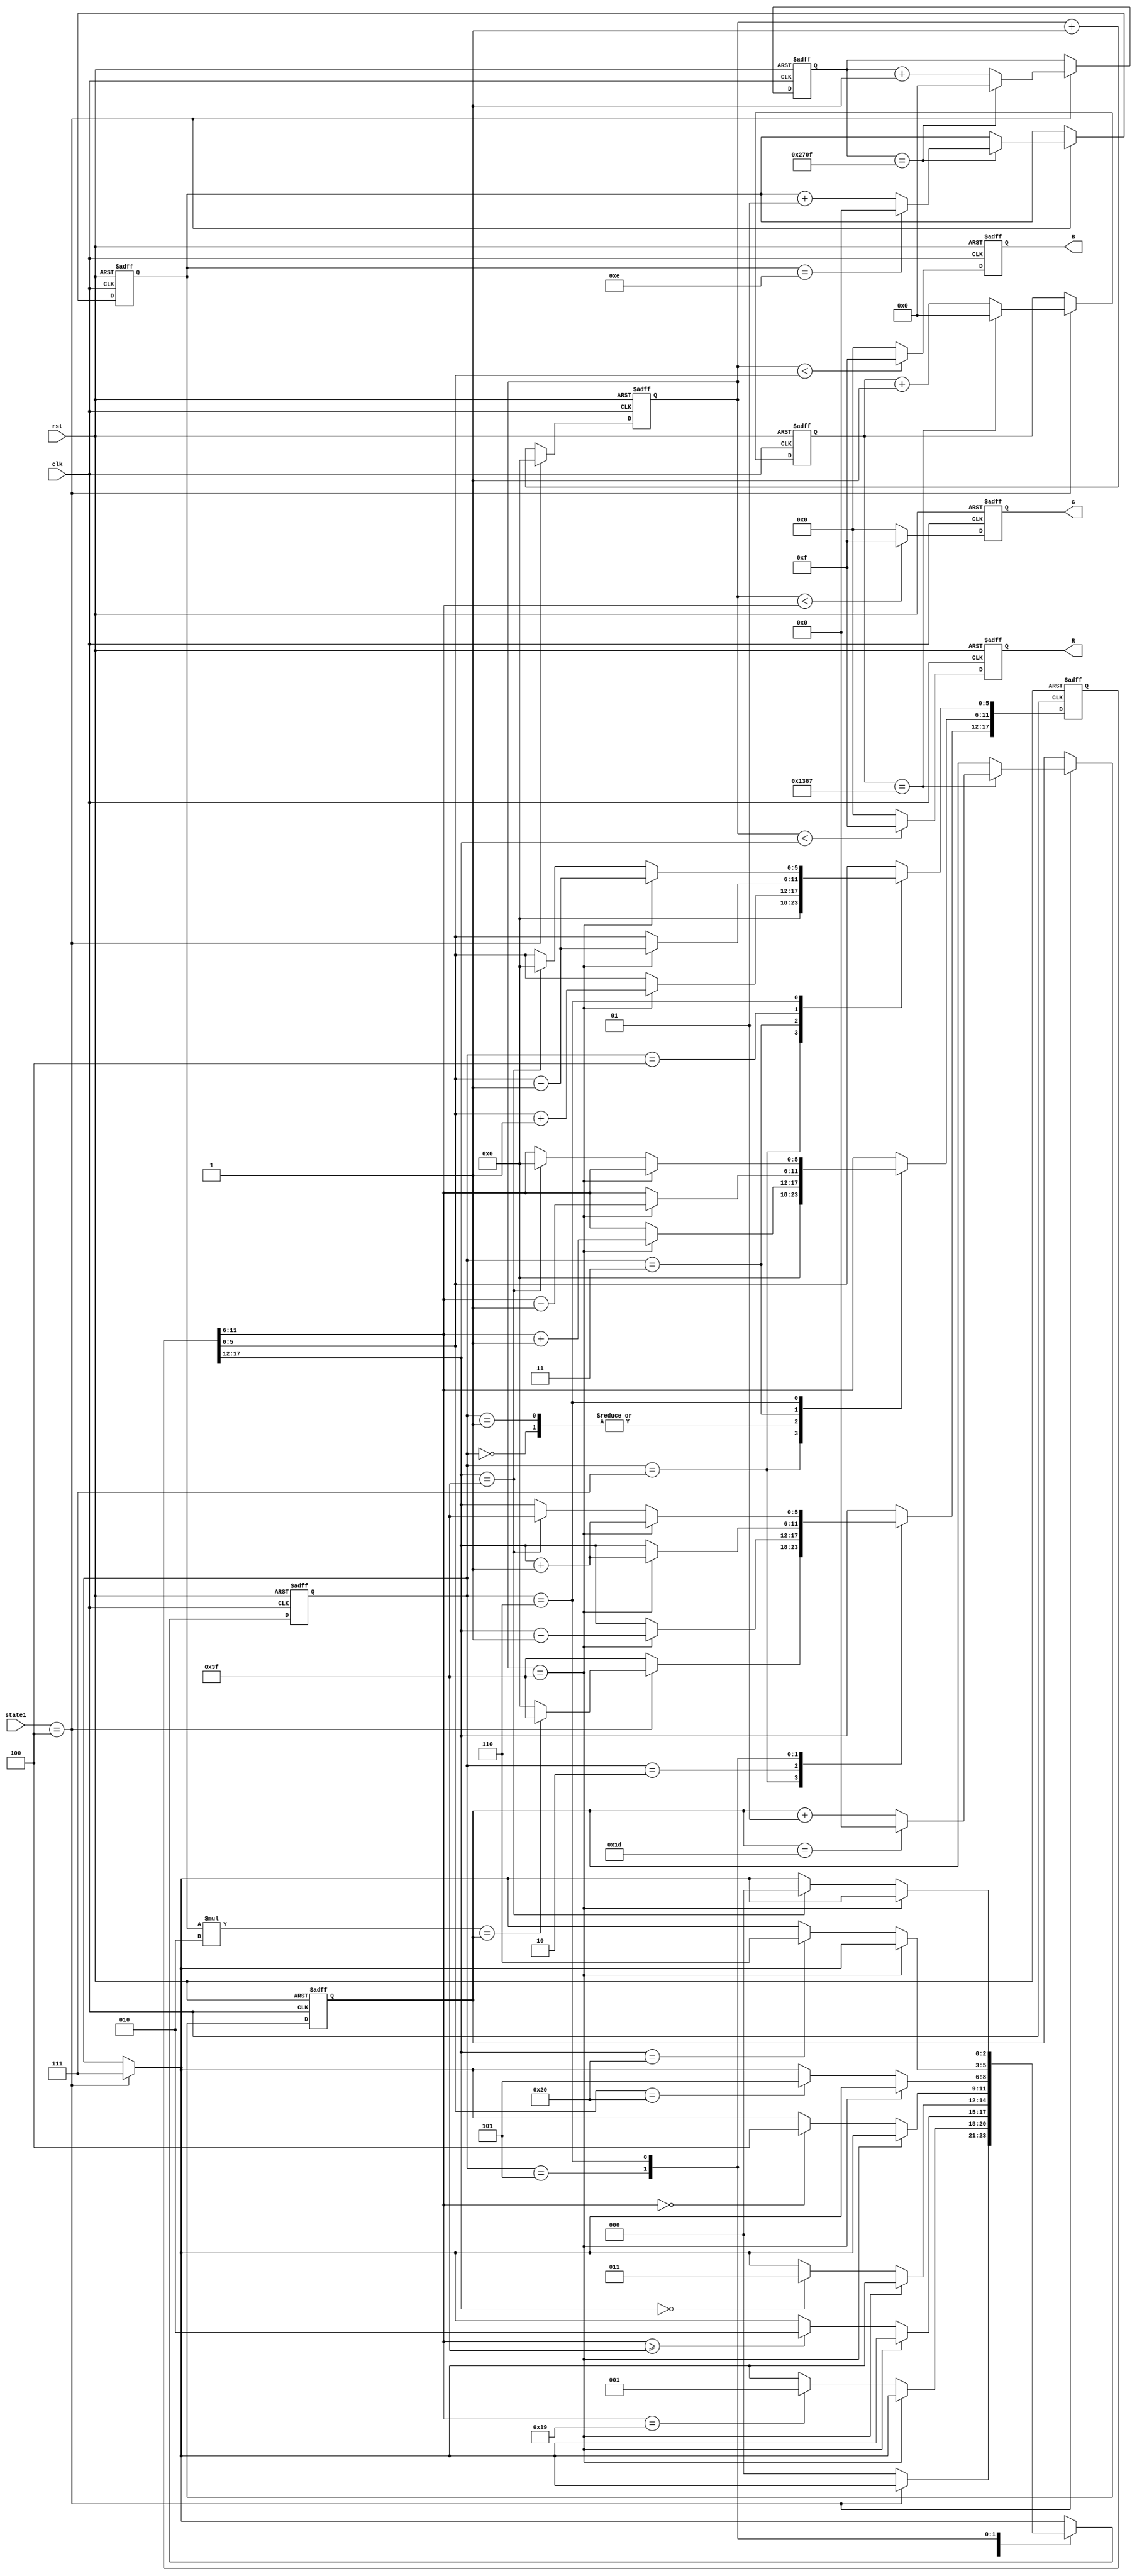
`timescale 1ns / 1ps
//////////////////////////////////////////////////////////////////////////////////
// Company: 
// Engineer: 
// 
// Design Name: 
// Module Name: RGB
// Project Name: 
// Target Devices: 
// Tool Versions: 
// Description: 
// 
// Dependencies: 
// 
// Revision:
// Revision 0.01 - File Created
// Additional Comments:
// 
//////////////////////////////////////////////////////////////////////////////////


module RGB(clk, rst, state1, R, G, B);

input clk, rst;
input [2:0] state1;

output reg [3:0] R;
output reg [3:0] G;
output reg [3:0] B;

reg [17:0] state;
parameter red       ={6'd63 ,  6'd0  ,  6'd0}; 
parameter orange    ={6'd63 ,  6'd25 ,  6'd0}; 
parameter yellow    ={6'd63 ,  6'd63 ,  6'd0}; 
parameter green     ={6'd0  ,  6'd63 ,  6'd0}; 
parameter blue      ={6'd0  ,  6'd0  ,  6'd63}; 
parameter indigo    ={6'd0  ,  6'd0  ,  6'd32}; 
parameter purple    ={6'd32 ,  6'd0  ,  6'd32};

reg [2:0] state_color;
parameter RED = 3'b000,
          ORANGE = 3'b001,
          YELLOW = 3'b010,
          GREEN = 3'b011,
          BLUE = 3'b100,
          INDIGO = 3'b101,
          PURPLE = 3'b110,
          EMERGENCY = 3'b111;

reg [5:0] cnt;
reg [19:0] cnt_emr_500ms;
reg [19:0] cnt_emr_1s;

integer y;
integer z;

always @(posedge clk or negedge rst) begin
    if(!rst) begin
        cnt <= 0;
        cnt_emr_500ms <= 0;
        cnt_emr_1s <= 0;
        y <= 0;
        z <= 0;
    end
    else begin
        cnt <= cnt + 1;
        if(state1 == 3'b100) begin
            cnt <= 0;
            cnt_emr_500ms <= cnt_emr_500ms + 1;
            cnt_emr_1s <= cnt_emr_1s + 1;
                if(cnt_emr_500ms == 4999) begin
                    cnt_emr_500ms <= 0;
                    y <= y + 1;
                        if(y == 29) y <= 0;
                end
                if(cnt_emr_1s == 9999) begin
                    cnt_emr_1s <= 0;
                    z <= z + 1;
                        if(z == 14) z <= 0;
                end
        end
    end
end

always @(posedge clk or negedge rst) begin
    if(!rst) begin
        state <= red;
        state_color <= RED;
    end
    else begin
        if(state1 == 3'b100) state_color <= EMERGENCY;
        
        case(state_color)
            EMERGENCY : begin
                if(state1 == 3'b100) begin
                    if(z*2 == y) state <= red;
                    else state <= {6'd0, 6'd0, 6'd0};
                end
                else begin
                    state <= red;
                    state_color <= RED;
                end
            end
            RED : begin
                if(cnt==6'b111_111) state[11:6] <= state[11:6] + 1;
                else if(state[11:6]==6'b011_001) state_color <= ORANGE;
            end    
            ORANGE : begin
                if(cnt==6'b111_111) state[11:6] <= state[11:6] + 1;
                else if(state[11:6]>=6'b111_111) state_color <= YELLOW;
            end
            YELLOW : begin
                if(cnt==6'b111_111) state[17:12] <= state[17:12] - 1;
                else if(state[17:12]==6'b000_000) state_color <= GREEN;
            end
            GREEN : begin
                if(cnt==6'b111_111) begin
                    state[11:6] <= state[11:6] - 1; 
                    state[5:0] <= state[5:0] + 1;
                end
                else if(state[11:6]==6'b000_000) state_color <= BLUE;
            end
            BLUE : begin
                if(cnt==6'b111_111) state[5:0] <= state[5:0] - 1;
                else if(state[5:0]==6'b100_000) state_color <= INDIGO;
            end
            INDIGO : begin
                if(cnt==6'b111_111) state[17:12] <= state[17:12] + 1;
                else if(state[17:12]==6'b100_000) state_color <= PURPLE;
            end
            PURPLE : begin
                if(cnt==6'b111_111) begin
                    state[17:12] <= state[17:12] + 1;
                    state[5:0] <= state[5:0] - 1;
                end
                else if(state[17:12]==6'b111_111) begin
                    state_color <= RED;
                    state <= red;
                end
            end
        endcase
    end
end

always @(posedge clk or negedge rst) begin
    if(!rst) begin
        R <= 4'b0000;
        G <= 4'b0000;
        B <= 4'b0000;
    end
    else begin
        if(cnt<state[17:12]) R<= 4'b1111;
        else R<= 4'b0000;
        
        if(cnt<state[11:6]) G<= 4'b1111;
        else G<= 4'b0000;
        
        if(cnt<state[5:0]) B<= 4'b1111;
        else B<= 4'b0000;
    end
end

endmodule